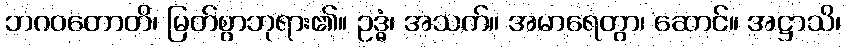
ဘဂဝတောတိ၊ မြတ်စွာဘုရား၏။ ဥဒ္ဓံ၊ အသက်။ အမာရေတွာ၊ ဆောင်။ အဋ္ဌာသိ၊